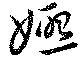
娭